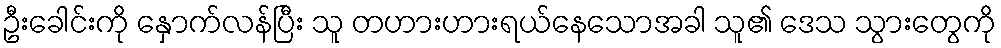
ဦးခေါင်းကို နှောက်လန်ပြီး သူ တဟားဟားရယ်နေသောအခါ သူ၏ ဒေသ သွားတွေကို